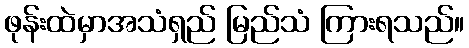
ဖုန်းထဲမှာအသံရှည် မြည်သံ ကြားရသည်။